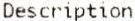
DESCRIPTION